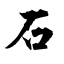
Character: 石